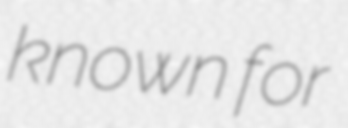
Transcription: known for